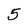
Character: 5